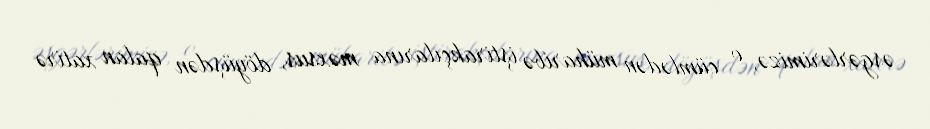
əsgərlərimizə, o cümlədən müharibə iştirakçılarına məxsus, döyüşdən qalan xatirə